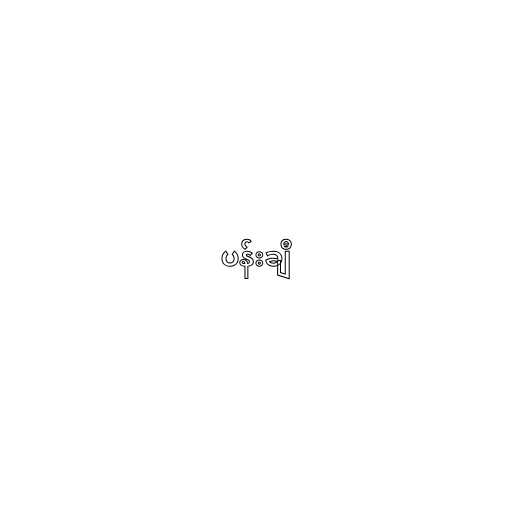
ပန်းချီ